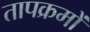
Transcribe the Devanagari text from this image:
तापक्रमों